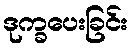
ဒုက္ခပေးခြင်း